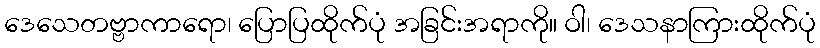
ဒေသေတဗ္ဗာကာရော၊ ပြောပြထိုက်ပုံ အခြင်းအရာကို။ ဝါ၊ ဒေသနာကြားထိုက်ပုံ